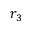
r _ { 3 }